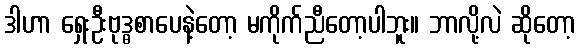
ဒါဟာ ရှေးဦးဗုဒ္ဓစာပေနဲ့တော့ မကိုက်ညီတော့ပါဘူး။ ဘာလို့လဲ ဆိုတော့